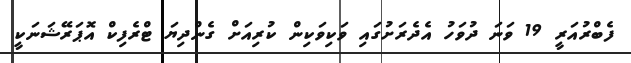
ފެބްރުއަރީ 19 ވަނަ ދުވަހު އެދެރަށުގައި ވަކިވަކިން ކުރިއަށް ގެންދިޔަ ޓްރެފިކް އޮޕަރޭޝަނަކީ